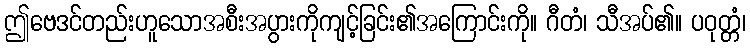
ဤဗေဒင်တည်းဟူသောအစီးအပွားကိုကျင့်ခြင်း၏အကြောင်းကို။ ဂီတံ၊ သီအပ်၏။ ပဝုတ္တံ၊